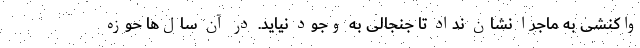
واکنشی به ماجرا نشان نداد تا جنجالی به وجود نیاید. در آن سال‌ها حوزه